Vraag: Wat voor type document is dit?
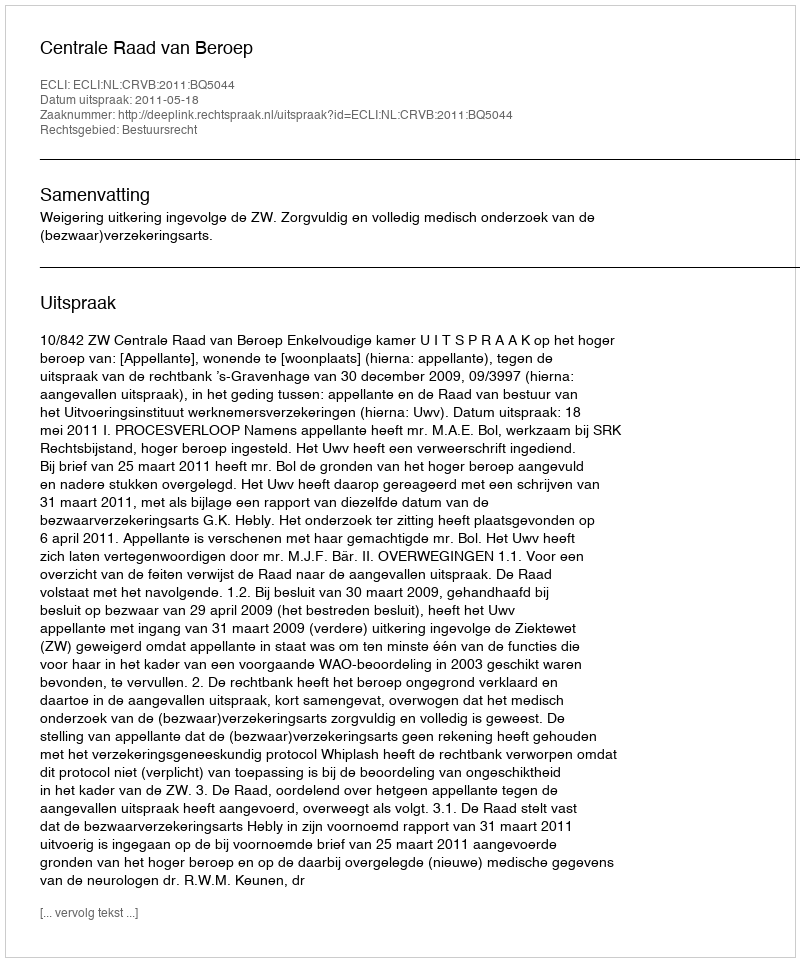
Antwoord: Uitspraak